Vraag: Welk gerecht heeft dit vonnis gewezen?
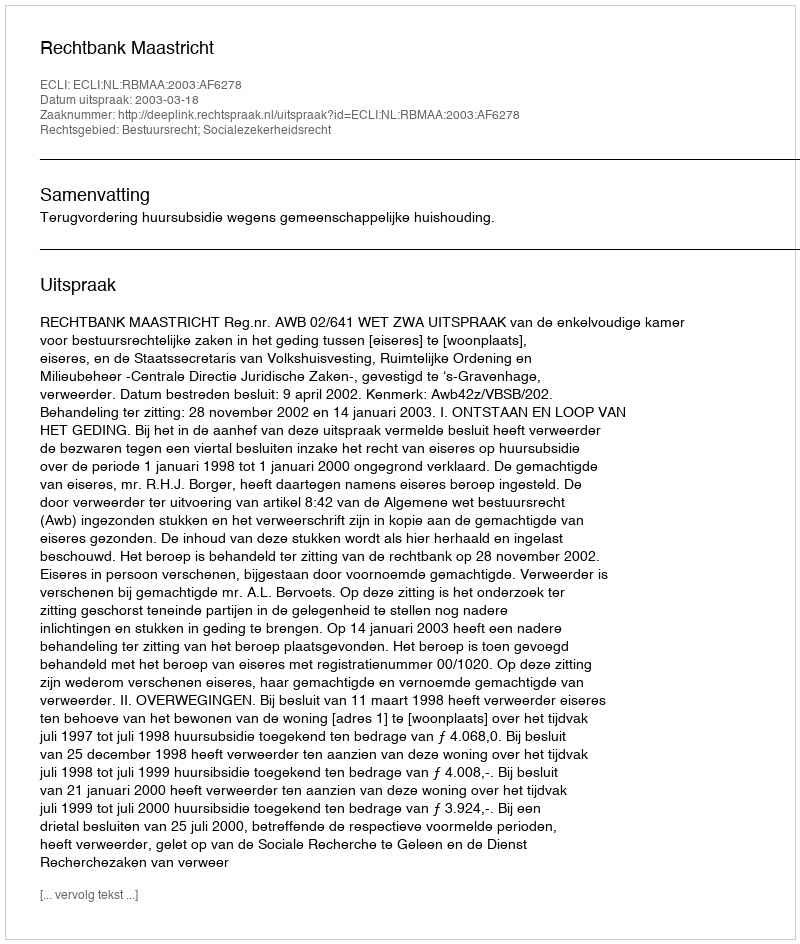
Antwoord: Rechtbank Maastricht